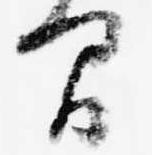
間